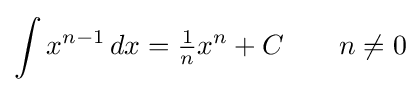
\int x^{n-1}\,dx={\tfrac {1}{n}}x^{n}+C\qquad n\neq 0